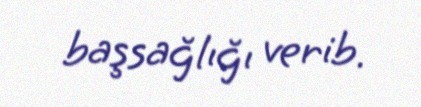
başsağlığı verib.